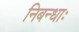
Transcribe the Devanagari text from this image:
निबन्धाः